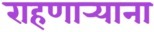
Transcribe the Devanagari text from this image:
राहणार्‍याना